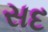
સદ